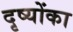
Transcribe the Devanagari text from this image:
दृष्योंका